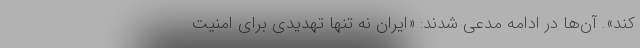
کند». آن‌ها در ادامه مدعی شدند: «ایران نه تنها تهدیدی برای امنیت